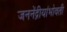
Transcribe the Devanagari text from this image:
जननेंद्रीयांभोवती